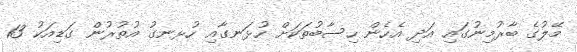
މޭލުގެ ބާރުމިނުގައި އަދި އެހެން ހިސާބުތަކަށް ހުޅަނގާއި ހުޅނގު އުތުރުން ގަޑިއަކު 13